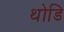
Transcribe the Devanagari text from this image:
थोडि